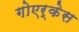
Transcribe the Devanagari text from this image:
गोएर्केस